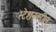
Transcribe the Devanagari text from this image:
स्टेशनवरील